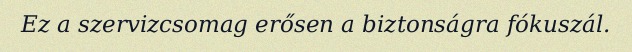
Ez a szervizcsomag erősen a biztonságra fókuszál.